Annual report on the Civil Veterinary Department, Burma (including the Insein Veterinary School) - 1932-1941
Year: 1932
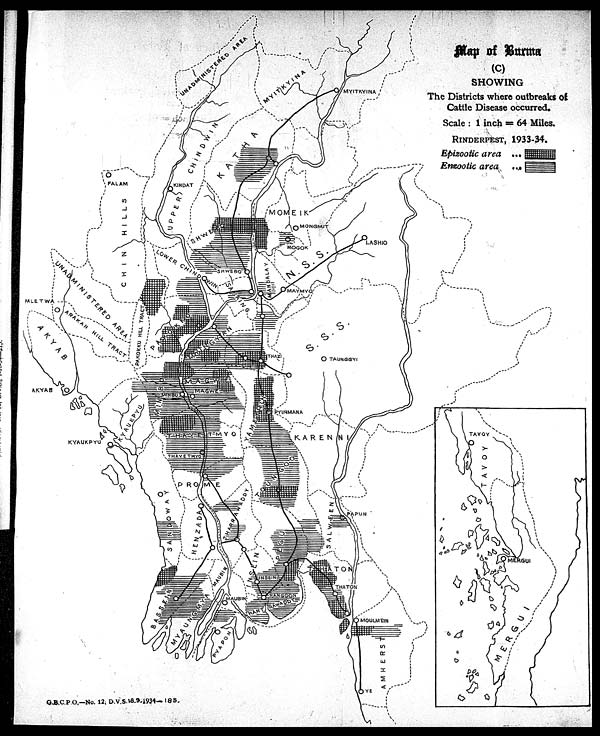
G.B.C.P O,—No. 12, D.V.S.18.9.1934- 185.